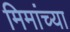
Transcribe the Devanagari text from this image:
मिमांच्या